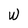
Character: W